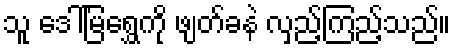
သူ ဒေါ်မြရွှေကို ဖျတ်ခနဲ လှည့်ကြည့်သည်။